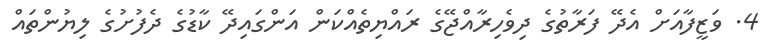
4. ވަޒީފާއަށް އެދޭ ފަރާތުގެ ދިވެހިރާއްޖޭގެ ރައްޔިތެއްކަން އަންގައިދޭ ކާޑުގެ ދެފުށުގެ ލިޔުންތައް